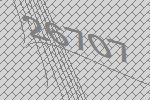
26707